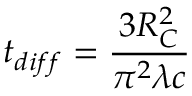
t _ { d i f f } = \frac { 3 R _ { C } ^ { 2 } } { \pi ^ { 2 } \lambda c }